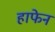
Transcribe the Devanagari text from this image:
हाफेन